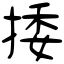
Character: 捼